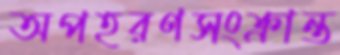
অপহরণসংক্রান্ত